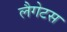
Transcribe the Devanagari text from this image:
लैगेटस